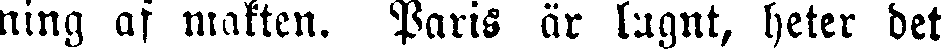
ning af makten. Paris är lugnt, heter det